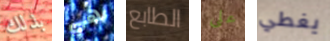
بذلك هي الطابع على يغطي